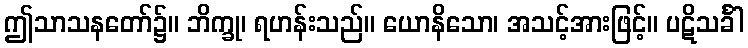
ဤသာသနတော်၌။ ဘိက္ခု၊ ရဟန်းသည်။ ယောနိသော၊ အသင့်အားဖြင့်။ ပဋိသင်္ခါ